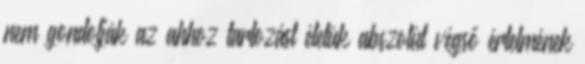
nem gondolják az ahhoz tartozást életük abszolút végső értelmének